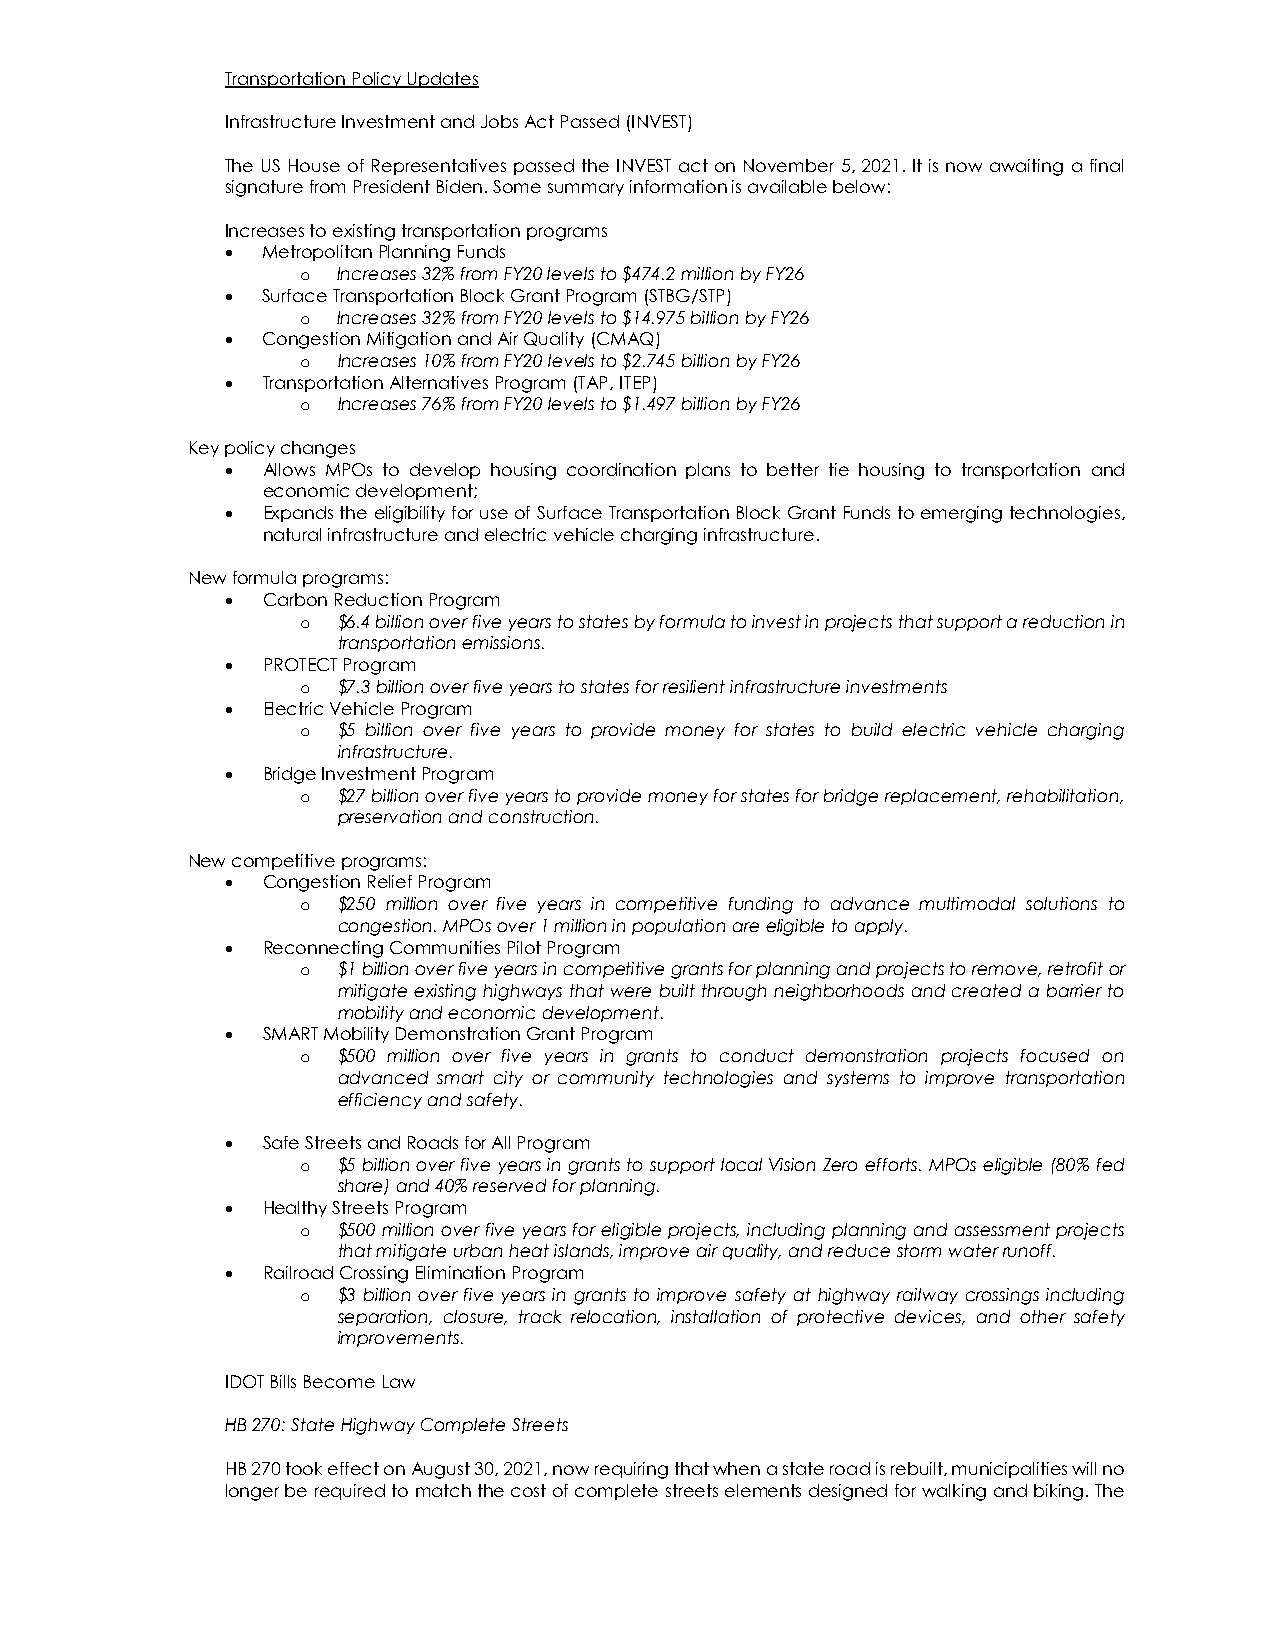
Transportation Policy Updates
 Infrastructure Investment and Jobs Act Passed (INVEST)
 The US House of Representatives passed the INVEST act on November 5, 2021. It is now awaiting a final
 signature from President Biden. Some summary information is available below:
 Increases to existing transportation programs
 • Metropolitan Planning Funds
 Increases 32% from FY20 levels to $474.2 million by FY26
 o
 • Surface Transportation Block Grant Program (STBG/STP)
 Increases 32% from FY20 levels to $14.975 billion by FY26
 o
 • Congestion Mitigation and Air Quality (CMAQ)
 Increases 10% from FY20 levels to $2.745 billion by FY26
 o
 • Transportation Alternatives Program (TAP, ITEP)
 Increases 76% from FY20 levels to $1.497 billion by FY26
 o
 Key policy changes
 • Allows MPOs to develop housing coordination plans to better tie housing to transportation and
 economic development;
 • Expands the eligibility for use of Surface Transportation Block Grant Funds to emerging technologies,
 natural infrastructure and electric vehicle charging infrastructure.
 New formula programs:
 • Carbon Reduction Program
 $6.4 billion over five years to states by formula to invest in projects that support a reduction in
 o
 transportation emissions.
 • PROTECT Program
 $7.3 billion over five years to states for resilient infrastructure investments
 o
 • Electric Vehicle Program
 $5 billion over five years to provide money for states to build electric vehicle charging
 o
 infrastructure.
 • Bridge Investment Program
 $27 billion over five years to provide money for states for bridge replacement, rehabilitation,
 o
 preservation and construction.
 New competitive programs:
 • Congestion Relief Program
 $250 million over five years in competitive funding to advance multimodal solutions to
 o
 congestion. MPOs over 1 million in population are eligible to apply.
 • Reconnecting Communities Pilot Program
 $1 billion over five years in competitive grants for planning and projects to remove, retrofit or
 o
 mitigate existing highways that were built through neighborhoods and created a barrier to
 mobility and economic development.
 • SMART Mobility Demonstration Grant Program
 $500 million over five years in grants to conduct demonstration projects focused on
 o
 advanced smart city or community technologies and systems to improve transportation
 efficiency and safety.
 • Safe Streets and Roads for All Program
 $5 billion over five years in grants to support local Vision Zero efforts. MPOs eligible (80% fed
 o
 share) and 40% reserved for planning.
 • Healthy Streets Program
 $500 million over five years for eligible projects, including planning and assessment projects
 o
 that mitigate urban heat islands, improve air quality, and reduce storm water runoff.
 • Railroad Crossing Elimination Program
 $3 billion over five years in grants to improve safety at highway railway crossings including
 o
 separation, closure, track relocation, installation of protective devices, and other safety
 improvements.
 IDOT Bills Become Law
 HB 270: State Highway Complete Streets
 HB 270 took effect on August 30, 2021, now requiring that when a state road is rebuilt, municipalities will no
 longer be required to match the cost of complete streets elements designed for walking and biking. The